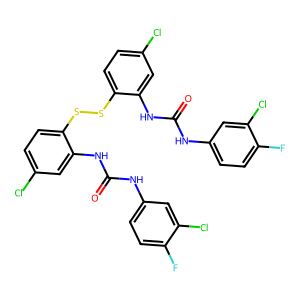
SMILES: O=C(Nc1ccc(F)c(Cl)c1)Nc1cc(Cl)ccc1SSc1ccc(Cl)cc1NC(=O)Nc1ccc(F)c(Cl)c1
Inhibits HIV replication: No